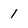
Character: 1